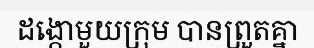
ដង្កោមួយក្រុម បានព្រួតគ្នា